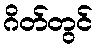
ဂိတ်တွင်